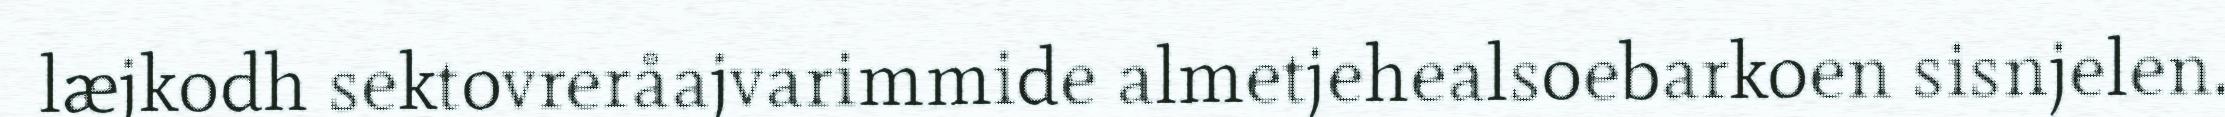
læjkodh sektovreråajvarimmide almetjehealsoebarkoen sisnjelen.